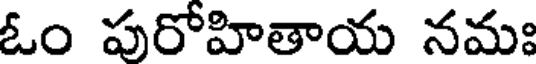
ఓం పురోహితాయ నమః